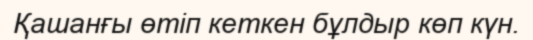
Қашанғы өтіп кеткен бұлдыр көп күн.